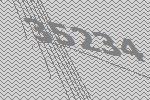
35234